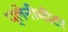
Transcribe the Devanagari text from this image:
प्लेनीमीटर